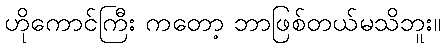
ဟိုကောင်ကြီး ကတော့ ဘာဖြစ်တယ်မသိဘူး။